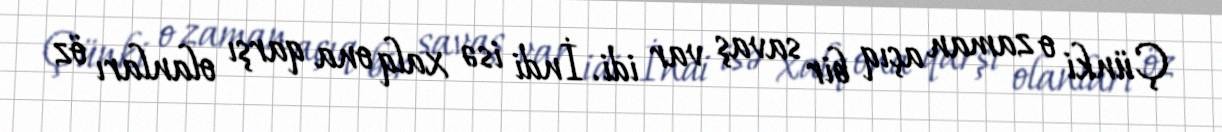
Çünki o zaman açıq bir savaş var idi. İndi isə xalq ona qarşı olanları öz